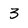
Character: 3